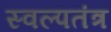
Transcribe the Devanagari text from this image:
स्वल्पतंत्र